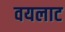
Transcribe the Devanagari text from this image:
वयलाट